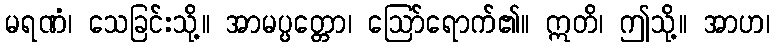
မရဏံ၊ သေခြင်းသို့။ အာမပ္ပတ္တော၊ ဩော်ရောက်၏။ ဣတိ၊ ဤသို့။ အာဟ၊